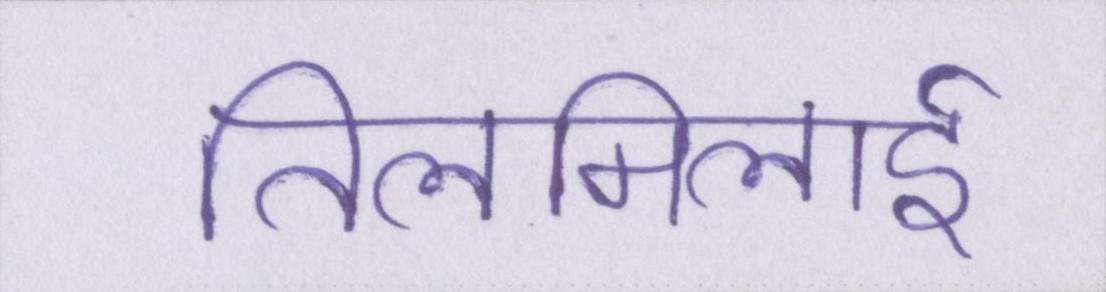
तिलमिलाई